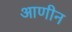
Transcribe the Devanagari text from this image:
आणीन